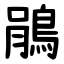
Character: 鵑